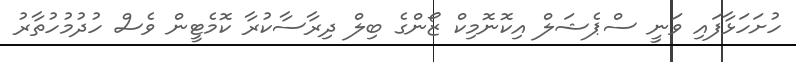
ހުށަހަޅާފައި ވަނީ ސްޕެޝަލް އިކޮނޮމިކް ޒޯންގެ ބިލް ދިރާސާކުރާ ކޮމެޓީން ވެސް ހުދުމުހުތާރު